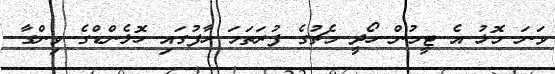
ވަނަ މޮޅު އެ ޓީމުން ހޯދީ މެޗުގެ ފުރަތަމަ ހާފުގައި ހޮލެންޑްގެ ވިންގާ